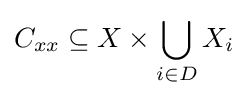
C_{xx}\subseteq X\times \bigcup _{i\in D}X_{i}